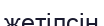
жетілсін